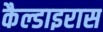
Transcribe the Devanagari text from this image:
कैल्डाइरास